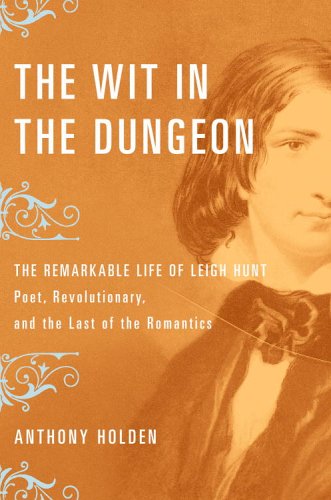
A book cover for The Wit in the Dungeon: The Remarkable Life of Leigh Hunt-Poet, Revolutionary, and the Last of the Romantics; Anthony Holden; Humor & Entertainment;